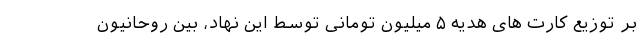
بر توزیع کارت های هدیه ۵ میلیون تومانی توسط این نهاد، بین روحانیون